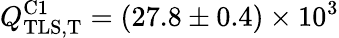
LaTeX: Q_{\mathrm{TLS,T}}^{\mathrm{C1}}=(27.8\pm 0.4)\times 10^{3}